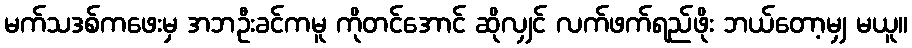
မက်သဒစ်ကဖေးမှ အဘဦးခင်ကမူ ကိုတင်အောင် ဆိုလျှင် လက်ဖက်ရည်ဖိုး ဘယ်တော့မျှ မယူ။